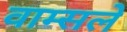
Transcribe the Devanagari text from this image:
वाम्सले